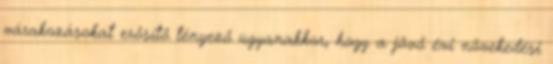
várakozásokat erősítő tényező ugyanakkor, hogy a jövő évi növekedési